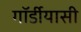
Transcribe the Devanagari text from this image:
गॉर्डीयासी